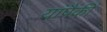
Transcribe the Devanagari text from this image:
यांपैकीं